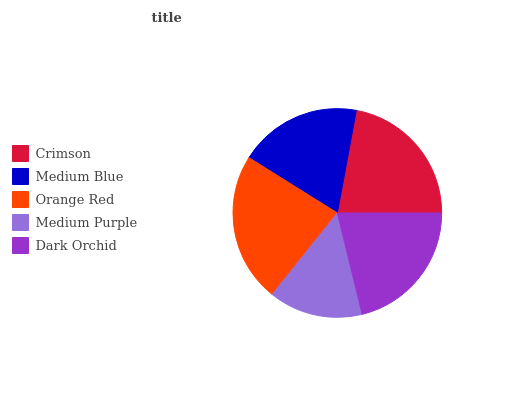
| Crimson | Medium Blue | Orange Red | Medium Purple | Dark Orchid |
 | --- | --- | --- | --- | --- |
 | 22.1% | 18.9% | 23.2% | 14.6% | 21.2% |